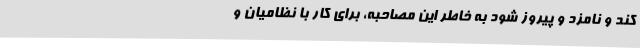
کند و نامزد و پیروز شود به خاطر این مصاحبه، برای کار با نظامیان و